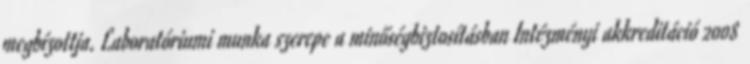
megbízottja. Laboratóriumi munka szerepe a minőségbiztosításban Intézményi akkreditáció 2008